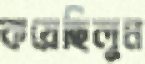
কয়েছিলুম